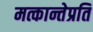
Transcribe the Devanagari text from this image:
मत्कान्तेप्रति